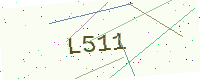
Text: L511